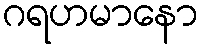
ဂရဟမာနော